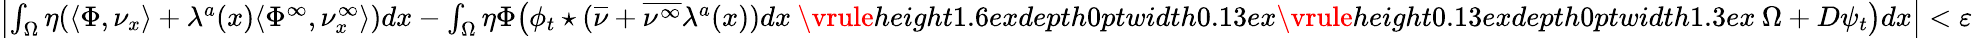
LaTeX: \begin{array}{r}{\left|\int_{\Omega}\eta(\langle\Phi,\nu_{x}\rangle+\lambda^{a}(x)\langle\Phi^{\infty},\nu_{x}^{\infty}\rangle)dx-\int_{\Omega}\eta\Phi\big(\phi_{t}\star(\overline{{\nu}}+\overline{{\nu^{\infty}}}\lambda^{a}(x))dx\mathbin{\vrule height1.6exdepth0ptwidth0.13ex\vrule height0.13exdepth0ptwidth1.3ex}\Omega+D\psi_{t}\big)dx\right|<\varepsilon}\end{array}